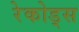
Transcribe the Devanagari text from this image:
रेकोड्स